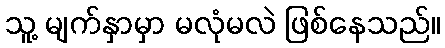
သူ့ မျက်နှာမှာ မလုံမလဲ ဖြစ်နေသည်။